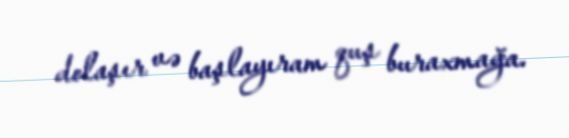
dolaşır və başlayıram quş buraxmağa.